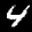
Label: 4